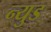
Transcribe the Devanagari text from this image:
न्युड